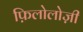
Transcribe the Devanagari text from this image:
फ़िलोलोज़ी